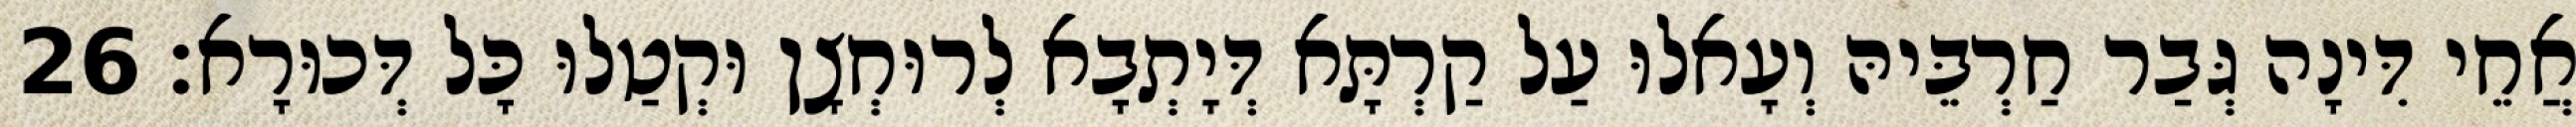
אֲחֵי דִּינָה גְּבַר חַרְבֵּיהּ וְעָאלוּ עַל קַרְתָּא דְּיָתְבָא לְרוּחְצָן וּקְטַלוּ כָּל דְּכוּרָא׃ 26